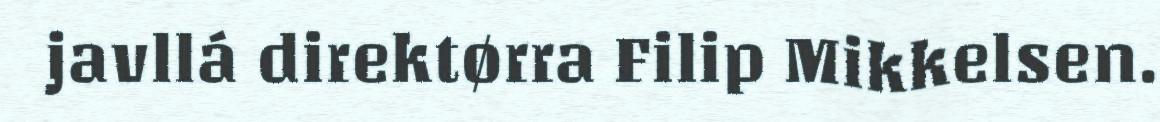
javllá direktørra Filip Mikkelsen.